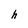
Character: h